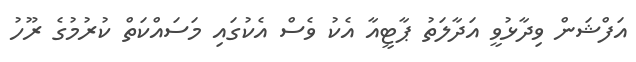
އަފްޝަން ވިދާޅުވީ އަދާލަތު ޕާޓީއާ އެކު ވެސް އެކުގައި މަސައްކަތް ކުރުމުގެ ރޫހު